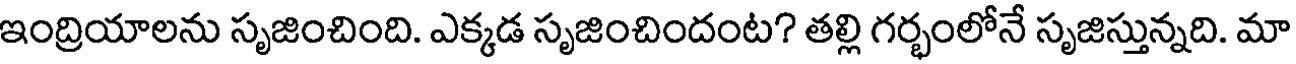
ఇంద్రియాలను సృజించింది. ఎక్కడ సృజించిందంట? తల్లి గర్భంలోనే సృజిస్తున్నది. మా